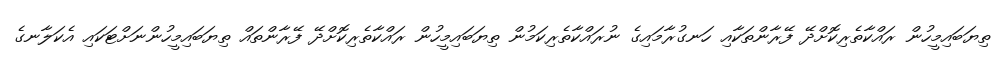
ތިޔަބައިމީހުން ރައްކާތެރިކޮށްދޭ ފޭރާންތަކާއި ހަނގުރާމައިގެ ނުރައްކާތެރިކަމުން ތިޔަބައިމީހުން ރައްކާތެރިކޮށްދޭ ފޭރާންތައް ތިޔަބައިމީހުންނަށްޓަކައި އެކަލާނގެ